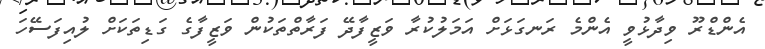
އެންޑްރޫ ވިދާޅުވީ އެންމެ ރަނގަޅަށް އަމަލުކުރާ ވަޒީފާދޭ ފަރާތްތަކުން ވަޒީފާގެ ގަޑިތަކަށް ލުއިފަސޭހަ